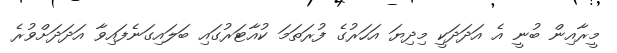
މީރާއިން ބުނީ އެ އަދަދަކީ މިދިޔަ އަހަރުގެ ފުރަތަމަ ކުއާޓަރުގައި ބަލައިގަނެފައިވާ އަދަދަށްވުރެ